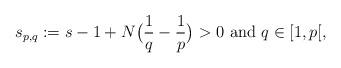
LaTeX: \begin{align*}s_{p,q} := s-1 + N \big(\frac{1}{q} - \frac{1}{p}\big)>0\,\,\hbox{and}\,\,q \in [1,p[, \end{align*}